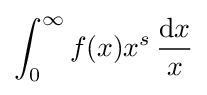
\int _{0}^{\infty }f(x)x^{s}\,{\frac {\mathrm {d} x}{x}}